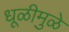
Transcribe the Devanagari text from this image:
धूळीमुळे